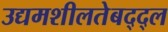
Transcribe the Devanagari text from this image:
उद्यमशीलतेबद्द्ल